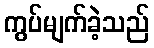
ကွပ်မျက်ခဲ့သည်